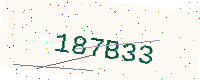
Text: 187B33